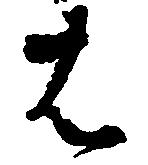
は